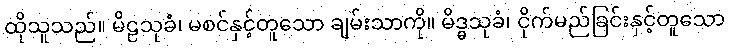
ထိုသူသည်။ မိဠသုခံ၊ မစင်နှင့်တူသော ချမ်းသာကို။ မိဒ္ဓသုခံ၊ ငိုက်မည်ခြင်းနှင့်တူသော